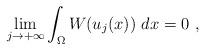
LaTeX: \begin{align*}\lim_{j\rightarrow+\infty}\int_{\Omega}W(u_{j}(x))~dx=0~,\end{align*}